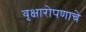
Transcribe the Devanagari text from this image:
वृक्षारोपणाचे